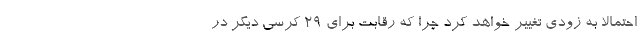
احتمالا به زودی تغییر خواهد کرد چرا که رقابت برای 29 کرسی دیگر در